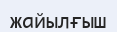
жайылғыш